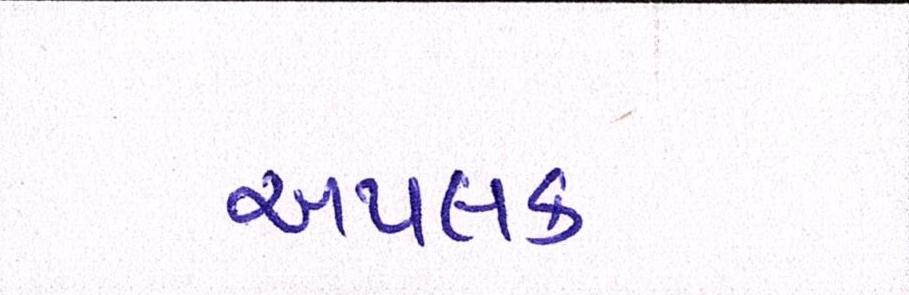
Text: અપલક